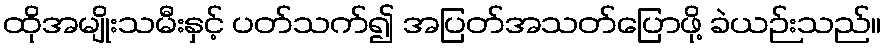
ထိုအမျိုးသမီးနှင့် ပတ်သက်၍ အပြတ်အသတ်ပြောဖို့ ခဲယဉ်းသည်။